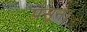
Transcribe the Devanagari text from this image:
प्रसून।